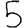
Digit: 5